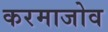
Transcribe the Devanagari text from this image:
करमाजोव